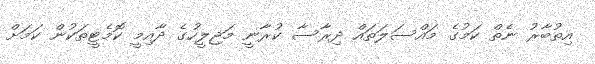
އިތުބާރު ނެތް ކަމުގެ މައްސަލަތައް ދިރާސާ ކުރާނީ މަޖިލީހުގެ ދާއިމީ ކޮމެޓީތަކުން ކަމަށް